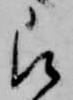
被